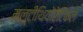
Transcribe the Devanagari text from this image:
मल्टीथियोरेटिकल